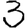
Digit: 3